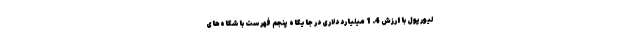
لیورپول با ارزش 4. 1 میلیارد دلاری در جایگاه پنجم فهرست باشگاه‌های